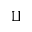
\amalg